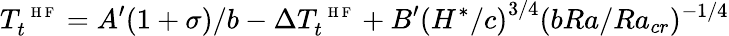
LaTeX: T_{t}^{\mathrm{~\scriptsize~H~F~}}=A^{\prime}(1+\sigma)/b-\Delta T_{t}^{\mathrm{~\scriptsize~H~F~}}+B^{\prime}\left(H^{*}/c\right)^{3/4}(bRa/Ra_{cr})^{-1/4}